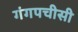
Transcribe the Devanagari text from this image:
गंगपचीसी